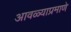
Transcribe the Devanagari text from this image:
आवळ्याप्रमाणे